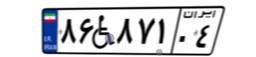
۸۶W۸۷۱۰۴